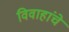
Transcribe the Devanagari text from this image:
विवाहांचे